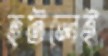
হটলেই